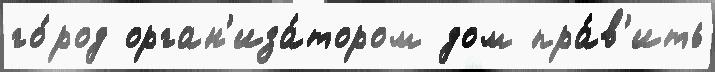
го́род орган'иза́тором дом пра́в'ить